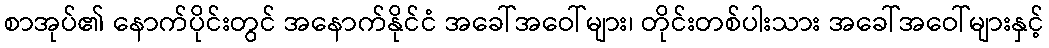
စာအုပ်၏ နောက်ပိုင်းတွင် အနောက်နိုင်ငံ အခေါ်အဝေါ်များ၊ တိုင်းတစ်ပါးသား အခေါ်အဝေါ်များနှင့်